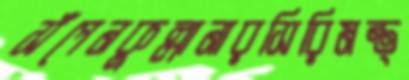
সঁপেনকুল্লানারসিরিমন্ত্